Sanitation, dispensaries and jails vaccination Rajputana 1922-1927 - 1922-1927
Year: 1922
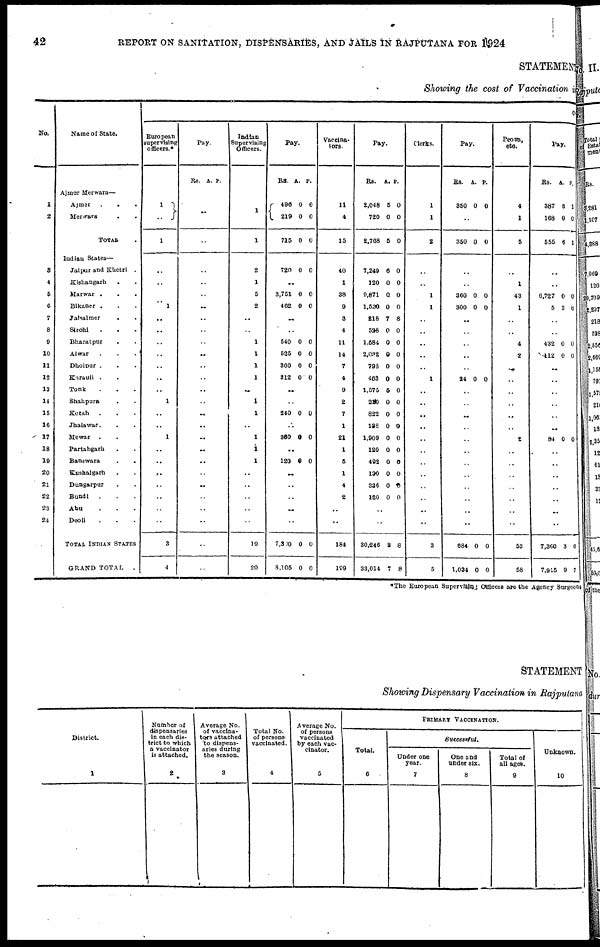
42
REPORT ON SANITATION, DISPENSARIES, AND JAILS IN RAJPUTANA FOR 1924
STATEMENT
Showing the cost of Vaccination in
No.
1
2
3
4
5
6
7
8
9
10
11
12
13
14
15
16
17
18
19
20
21
22
23
24
Name of State.
Ajmer Merwara—
Ajmer . . .
Merwara . .
TOTAL .
Indian States—
Jaipur and Khetri .
Kishangarh . .
Marwar . . .
Bikaner . . .
Jaisalmer . .
Sirohi
. . .
Bharatpur . .
Alwar . . .
Dholpur . . .
Karauli . .
Tonk . . .
Shahpura . .
Kotah . . .
Jhalawar. . .
Mewar
. .
Partabgarh . .
Banswara . .
Kushalgarh . .
Dungarpur . .
Bundi . . .
Abu . . .
Deoli . . .
TOTAL INDIAN STATES
GRAND TOTAL
.
O
European
supervising
officers.*
1
..
1
..
..
..
1
..
..
..
..
..
..
..
1
..
..
1
..
..
..
..
..
..
..
3
4
Pay.
Rs. A. P.
..
..
..
..
..
..
..
..
..
..
..
..
..
..
..
..
..
..
..
..
..
..
..
..
..
..
Indian
Supervising
Officers.
1
1
2
1
5
2
..
..
..
..
..
..
..
..
..
..
..
..
..
..
..
..
..
..
19
20
Pay.
Rs.
496
219
715
A.
0
0
0
P.
0
0
0
720 0 0
..
3,751
462
0
0
0
0
..
..
540
525
360
312
0
0
0
0
0
0
0
0
..
..
240 0 0
..
360 0 0
..
120 0 0
..
..
..
..
..
7,300
8,105
0
0
0
0
Vaccina-
tors.
11
4
15
40
1
38
9
3
4
11
14
7
4
9
2
7
1
21
1
5
1
4
2
..
..
184
199
Pay.
Rs.
2,048
720
2,768
A.
5
0
5
P.
0
0
0
7,249
120
9,871
1,530
218
528
1,584
2,032
798
463
1,575
210
822
138
1,909
120
492
130
336
120
6
0
0
0
7
0
0
0
0
0
5
0
0
0
0
0
0
0
0
0
0
0
0
0
8
0
0
0
0
0
0
0
0
0
0
0
0
0
0
0
..
..
30,246
33,014
2
7
8
8
Clerks.
1
1
2
..
..
1
1
..
..
..
..
..
1
..
..
..
..
..
..
..
..
..
..
..
..
3
5
Pay.
Rs.
350
A.
0
P.
0
..
350 0 0
..
..
360
300
0
0
0
0
..
..
..
..
..
24 0 0
..
..
..
..
..
..
..
..
..
..
..
..
684
1,034
0
0
0
0
Peons,
etc.
4
1
5
..
1
43
1
..
..
4
2
..
..
..
..
..
..
2
..
..
..
..
..
..
..
53
58
Pay.
Rs.
387
168
555
A.
6
0
6
P.
1
0
1
..
..
6,727
5
0
3
0
6
..
..
432
112
0
0
0
0
..
..
..
..
..
..
84 0 0
..
..
..
..
..
..
..
7,360
7,915
3
9
0
7
*The European Supervising Officers are the Agency Surgeons
STATEMENT
Showing Dispensary Vaccination in Rajputana
District.
1
Number of
dispensaries
in each dis-
trict to which
a vaccinator
is attached.
2
Average No.
of vaccina-
tors attached
to dispens-
aries during
the season.
3
Total No.
of persons¬
vaccinated.
4
Average No.
of persons
vaccinated
by each vac-
cinator.
5
PRIMARY VACCINATION.
Total.
6
Successful.
Under one
year.
7
One and
under six.
8
Total of
all ages.
9
Unknown.
10